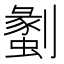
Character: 𠠞